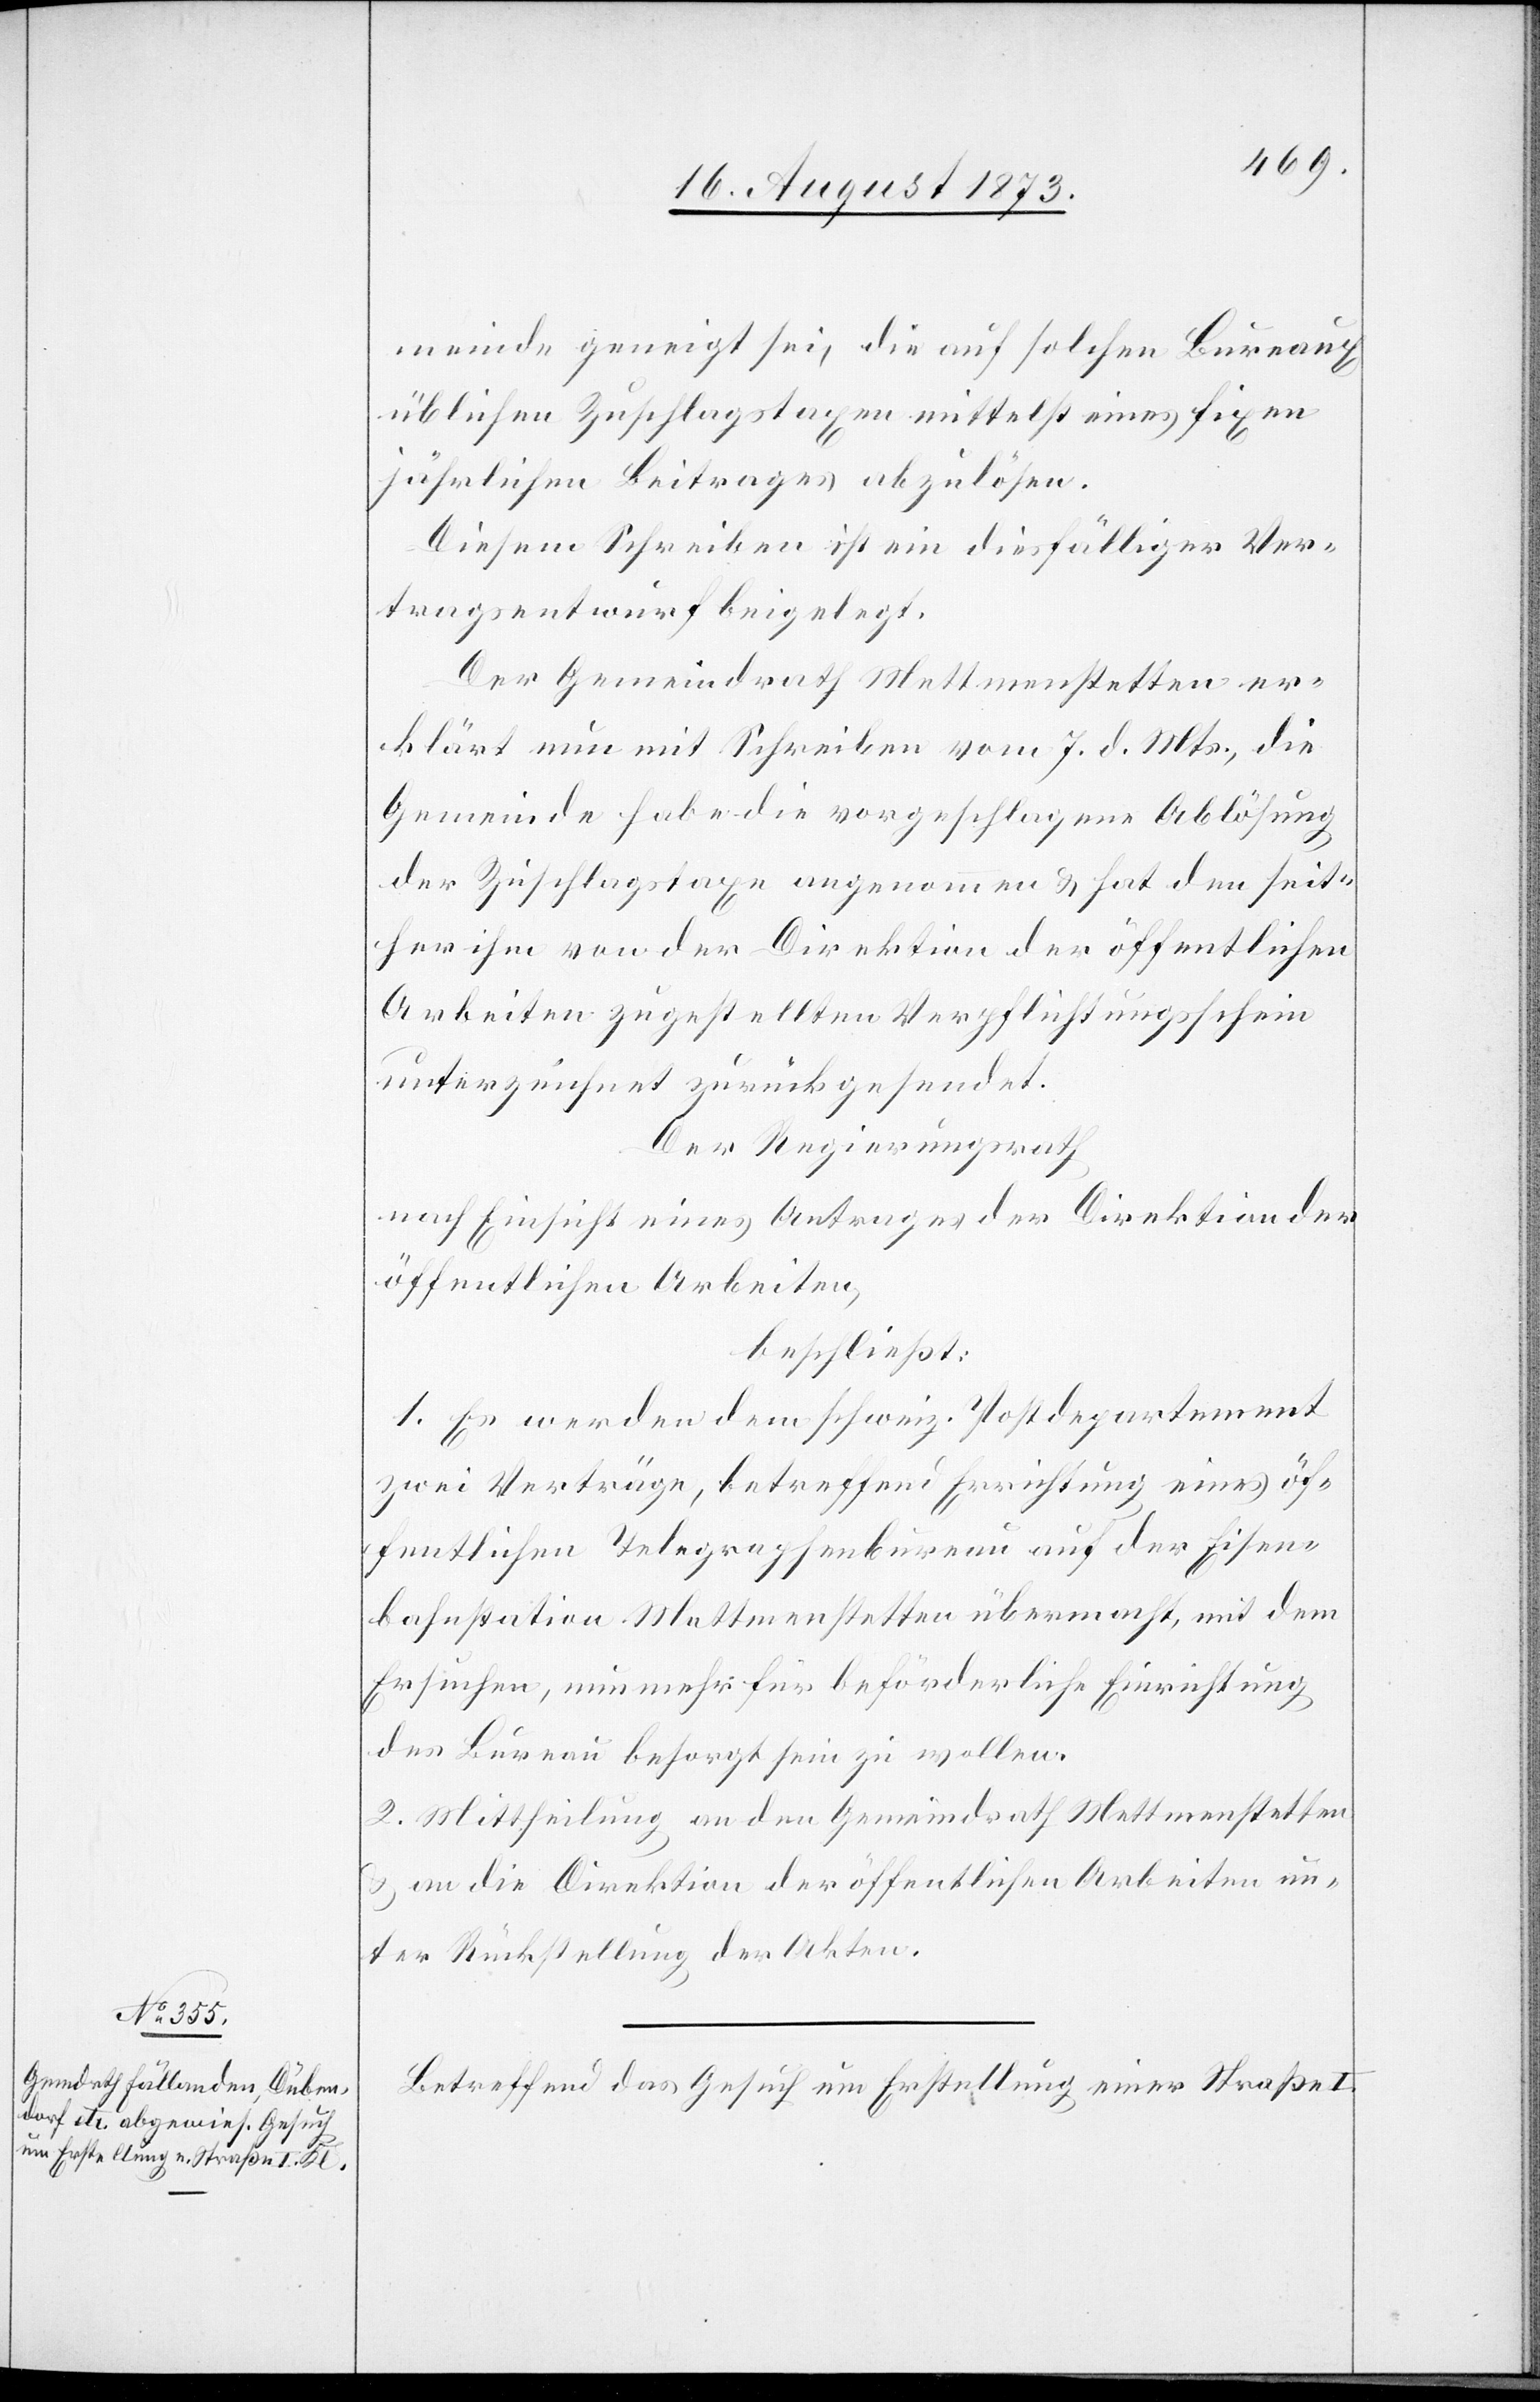
meinde geneigt sei, die auf solchen Bureaux
üblichen Zuschlagstaxen mittelst eines fixen
jährlichen Beitrages abzulösen.
Diesem Schreiben ist ein diesfälliger Ver¬
tragsentwurf beigelegt.
Der Gemeindrath Mettmenstetten er¬
klärt nun mit Schreiben vom 7. d. Mts., die
Gemeinde habe die vorgeschlagene Ablösung
der Zuschlagstaxe angenommen & hat den seit¬
her ihm von der Direktion der öffentlichen
Arbeiten zugestellten Verpflichtungsschein
unterzeichnet zurückgesendet.
Der Regierungsrath
nach Einsicht eines Antrages der Direktion der
öffentlichen Arbeiten,
beschließt:
1. Es werden dem schweiz. Postdepartement
zwei Verträge, betreffend Errichtung eines öf¬
fentlichen Telegraphenbureau auf der Eisen¬
bahnstation Mettmenstetten übermacht, mit dem
Ersuchen, nunmehr für beförderliche Einrichtung
des Bureau besorgt sein zu wollen.
2. Mittheilung an den Gemeindrath Mettmenstetten
& an die Direktion der öffentlichen Arbeiten un¬
ter Rückstellung der Akten.
Betreffend das Gesuch um Erstellung einer Straße

I.